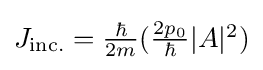
{\textstyle J_{\text{inc.}}={\frac {\hbar }{2m}}({\frac {2p_{0}}{\hbar }}|A|^{2})}